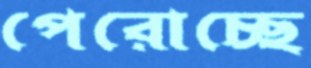
পেরোচ্ছে